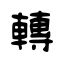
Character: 轉